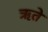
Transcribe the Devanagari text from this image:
ऋते